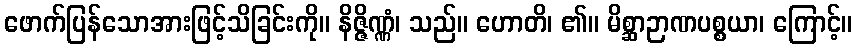
ဖောက်ပြန်သောအားဖြင့်သိခြင်းကို။ နိဇ္ဇိဏ္ဏံ၊ သည်။ ဟောတိ၊ ၏။ မိစ္ဆာဉာဏပစ္စယာ၊ ကြောင့်။